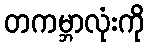
တကမ္ဘာလုံးကို